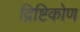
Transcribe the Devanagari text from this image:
द्रिष्टिकोण